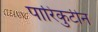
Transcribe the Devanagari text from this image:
पारिकुटीन